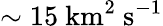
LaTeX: \sim 15\ \mathrm{km^{2}\ s^{-1}}